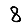
Digit: 8